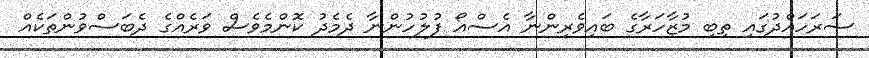
ސަރަހައްދުގައި ތިބި މުޒާހަރާގެ ބައިވެރިންނާ އެސްއޯ ފުލުހުންނާ ދެމެދު ކޮންމެވެސް ވަރެއްގެ ދެބަސްވުންތަކެއް